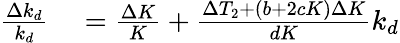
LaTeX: \begin{array}{rl}{\frac{\Delta k_{d}}{k_{d}}}&{{}=\frac{\Delta K}{K}+\frac{\Delta T_{2}+(b+2cK)\Delta K}{dK}k_{d}}\end{array}